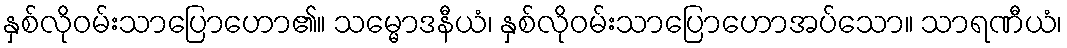
နှစ်လိုဝမ်းသာပြောဟော၏။ သမ္မောဒနီယံ၊ နှစ်လိုဝမ်းသာပြောဟောအပ်သော။ သာရဏီယံ၊